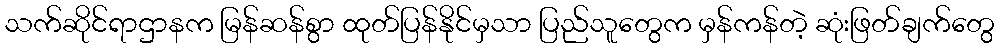
သက်ဆိုင်ရာဌာနက မြန်ဆန်စွာ ထုတ်ပြန်နိုင်မှသာ ပြည်သူတွေက မှန်ကန်တဲ့ ဆုံးဖြတ်ချက်တွေ